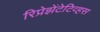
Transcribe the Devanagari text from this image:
रिप्रेझेंटेटिव्हस